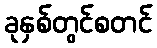
ခုနှစ်တွင်စတင်